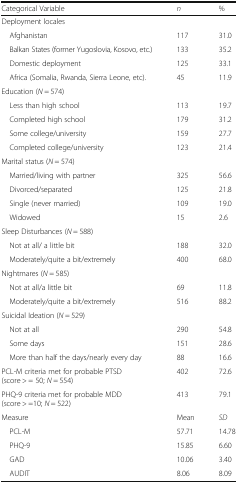
| Categorical Variable | n | % |
 | --- | --- | --- |
 | <COLSPAN=3> Deployment locales |
 | Afghanistan | 117 | 31.0 |
 | Balkan States (former Yugoslovia, Kosovo, etc.) | 133 | 35.2 |
 | Domestic deployment | 125 | 33.1 |
 | Africa (Somalia, Rwanda, Sierra Leone, etc). | 45 | 11.9 |
 | <COLSPAN=3> Education (N = 574) |
 | Less than high school | 113 | 19.7 |
 | Completed high school | 179 | 31.2 |
 | Some college/university | 159 | 27.7 |
 | Completed college/university | 123 | 21.4 |
 | <COLSPAN=3> Marital status (N = 574) |
 | Married/living with partner | 325 | 56.6 |
 | Divorced/separated | 125 | 21.8 |
 | Single (never married) | 109 | 19.0 |
 | Widowed | 15 | 2.6 |
 | <COLSPAN=3> Sleep Disturbances (N = 588) |
 | Not at all/ a little bit | 188 | 32.0 |
 | Moderately/quite a bit/extremely | 400 | 68.0 |
 | <COLSPAN=3> Nightmares (N = 585) |
 | Not at all/a little bit | 69 | 11.8 |
 | Moderately/quite a bit/extremely | 516 | 88.2 |
 | <COLSPAN=3> Suicidal Ideation (N = 529) |
 | Not at all | 290 | 54.8 |
 | Some days | 151 | 28.6 |
 | More than half the days/nearly every day | 88 | 16.6 |
 | PCL-M criteria met for probable PTSD (score > = 50; N = 554) | 402 | 72.6 |
 | PHQ-9 criteria met for probable MDD (score > =10; N = 522) | 413 | 79.1 |
 | Measure | Mean | SD |
 | PCL-M | 57.71 | 14.78 |
 | PHQ-9 | 15.85 | 6.60 |
 | GAD | 10.06 | 3.40 |
 | AUDIT | 8.06 | 8.09 |